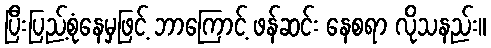
ပြီးပြည့်စုံနေမှဖြင့် ဘာကြောင့် ဖန်ဆင်း နေစရာ လိုသနည်း။